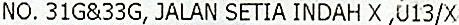
NO. 31G&33G, JALAN SETIA INDAH X ,U13/X